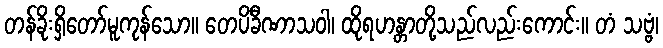
တန်ခိုးရှိတော်မူကုန်သော။ တေပိခီဏာသဝါ၊ ထိုရဟန္တာတို့သည်လည်းကောင်း။ တံ သဗ္ဗံ၊